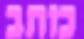
כותב